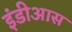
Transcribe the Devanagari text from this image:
इंडीआस